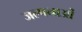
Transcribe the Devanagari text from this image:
जल्पनाओं